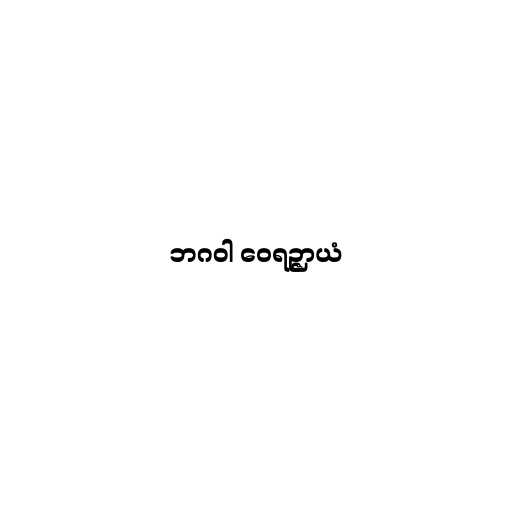
ဘဂဝါ ဝေရဉ္ဇာယံ